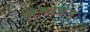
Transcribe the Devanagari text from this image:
लेगरग्रेन